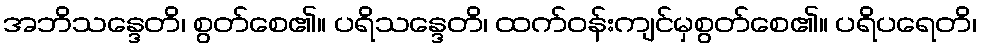
အဘိသန္ဒေတိ၊ စွတ်စေ၏။ ပရိသန္ဒေတိ၊ ထက်ဝန်းကျင်မှစွတ်စေ၏။ ပရိပရေတိ၊